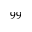
^ { 9 9 }